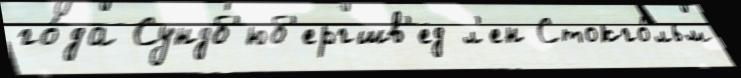
го́да Сундб'юб'ергшв'ед л'ен Стокго́льм